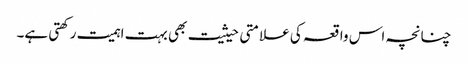
چنانچہ اس واقعہ کی علامتی حیثیت بھی بہت اہمیت رکھتی ہے۔